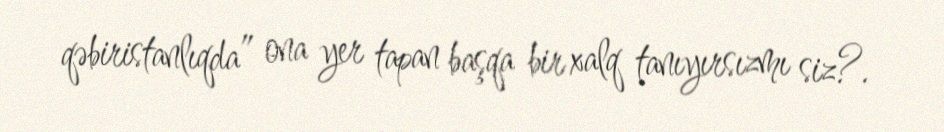
qəbiristanlıqda” ona yer tapan başqa bir xalq tanıyırsızmı siz?.